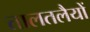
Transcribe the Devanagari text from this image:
तालतलैयों